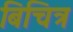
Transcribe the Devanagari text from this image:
बिचित्र